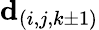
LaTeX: \mathbf{d}_{(i,j,k\pm 1)}